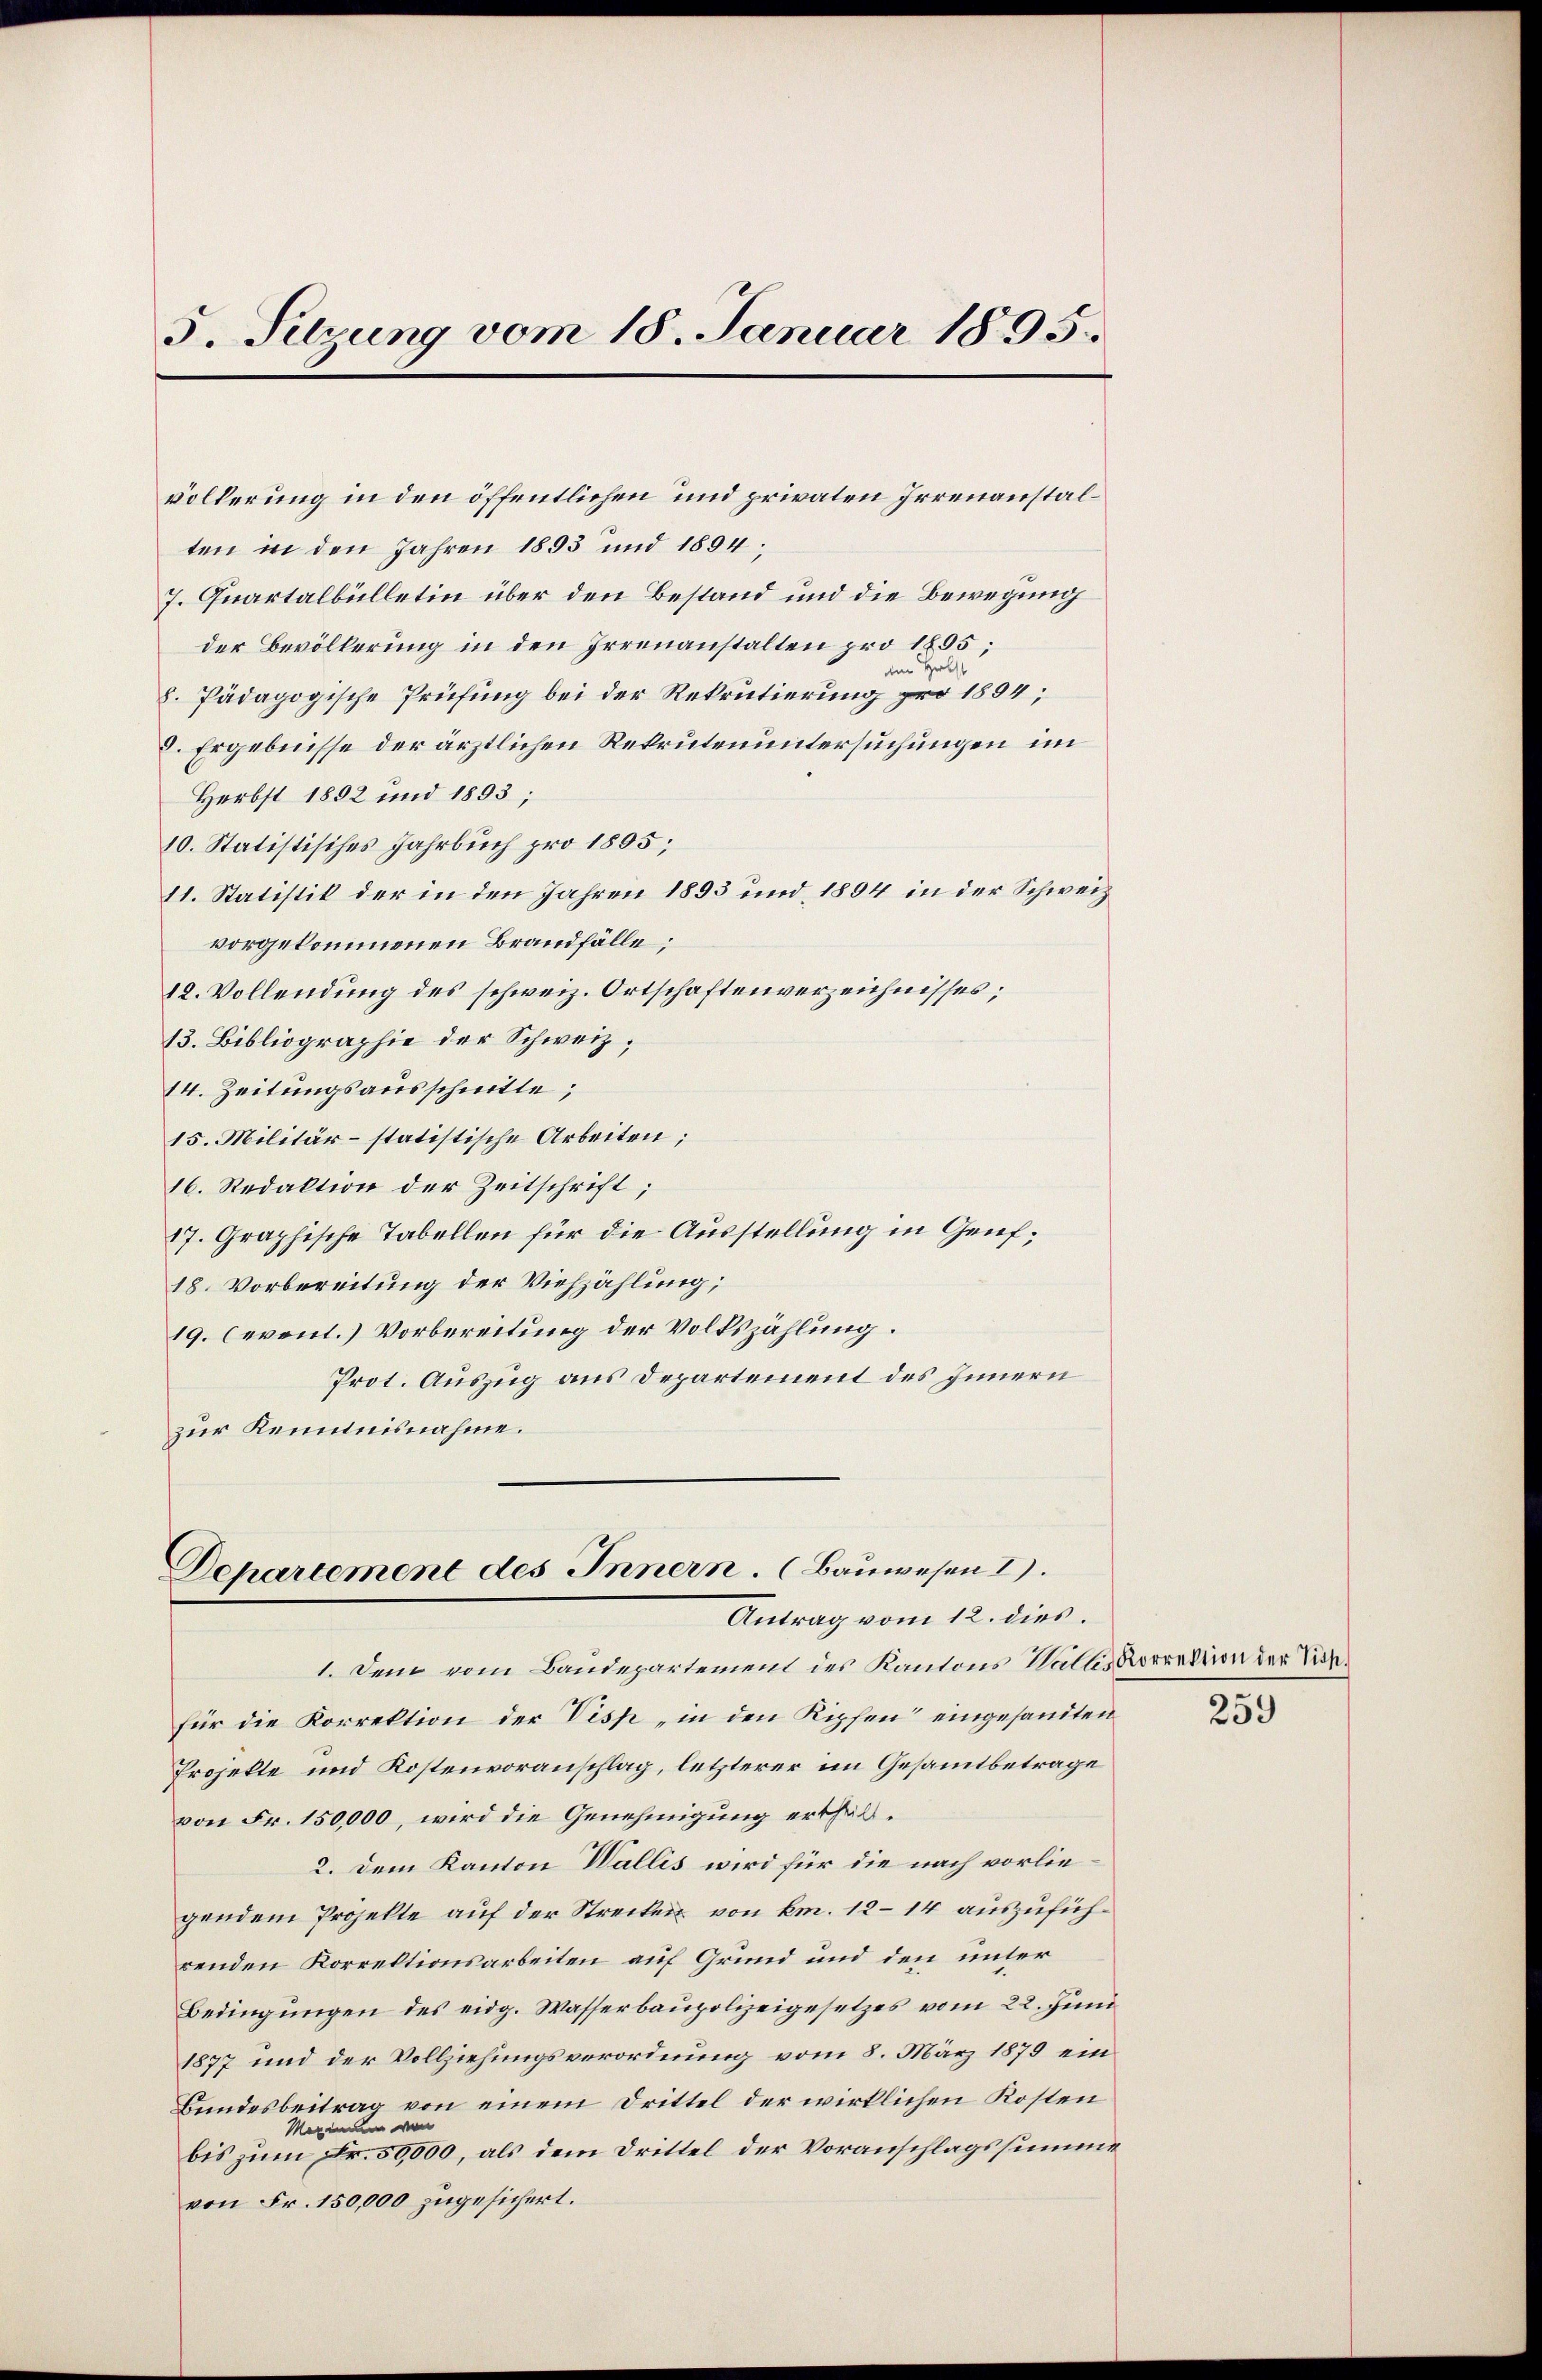
5. Sitzung vom 18. Januar 1895.

völkerung in den öffentlichen und privaten Irrenanstalten in den Jahren 1893 und 1894
7. Quartalbülletin über den Bestand und die Bewegung
der Bevölkerung in den Irrenanstalten pro 1855;
am Helst
8. Pädagogische Prüfung bei der Rekrutierung pro 1894;
8. Ergebnisse der ärztlichen Rekrutenuntersuchungen im
Herbst 1892 und 1893;
10. Statistisches Jahrbuch pro 1805;
11. Statistik der in den Jahren 1893 und 1894 in der Schweiz.
vorgekommenen Brandfälle;
12. Vollendung des schweiz. Ortschaftenverzeichnisses;
13. Bibliographie der Schweiz,
14. Zeitungsausschnitte;
15. Militär- statistische Arbeiten;
16. Redaktion der Zeitschrift;
17. Graphische Tabellen für die Ausstellung in Genf;
18. Vorbereitung der Viehzählung;
19. event.) Vorbereitung der Volkszählung.
Prot. Auszug aus Departement des Innern
zur Kenntnisnahme.

Departement des Innern. (Bauwesen I.
Antrag vom 12. dies.

1. Dem vom Baudepartement des Kantons Walles Korrektion der Sich.
für die Korrektion der Visp „in den Kipfen eingesandten
Projekte und Kostenvoranschlag, letzterer im Gesammtbetrage
von Fr. 150,000, wird die Genehmigung erthal¬
2. Dem Kanton Wallis wird für die nach vorliegendem Projekte auf der Strecken von km. 12–14 auszuführenden Korrektionsarbeiten auf Grund und den unter
Bedingŭngen des eidg. Wasserbaupolizeigesetzes vom 22. Juni
1877 und der Vollziehungsverordnung vom 8. März 1879 ein
Bundesbeitrag von einem Drittel der wirklichen Kosten
Maximum von
bis zum Fr. 50,000, als dem Drittel der Voranschlagssumme
von Fr. 150,000 zugesichert.

259